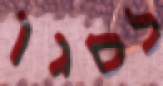
לסגן